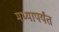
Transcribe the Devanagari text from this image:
मथ्यापर्यंत